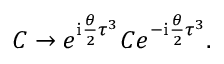
C \rightarrow e ^ { \mathrm { i } { \frac { \theta } { 2 } } \tau ^ { 3 } } C e ^ { - \mathrm { i } { \frac { \theta } { 2 } } \tau ^ { 3 } } .